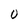
Character: 0